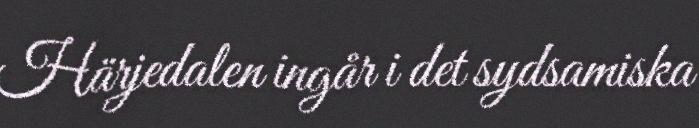
Härjedalen ingår i det sydsamiska